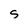
Character: S